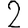
Digit: 2